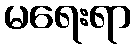
မရေးရာ